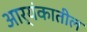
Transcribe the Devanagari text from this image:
आर्यंकातील